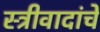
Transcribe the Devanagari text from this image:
स्त्रीवादांचे